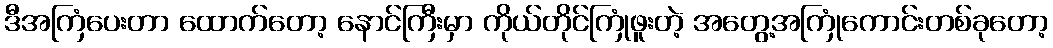
ဒီအကြံပေးတာ ထောက်တော့ နောင်ကြီးမှာ ကိုယ်တိုင်ကြုံဖူးတဲ့ အတွေ့အကြုံကောင်းတစ်ခုတော့